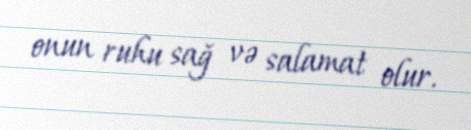
onun ruhu sağ və salamat olur.